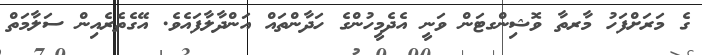
ގެ މަރަށްފަހު މާރތާ ވޮޝިންގޓަން ވަނީ އެދެމީހުންގެ ހަދާންތައް އަންދާލާފައެވެ. އޭގެތެރެއިން ސަލާމަތް